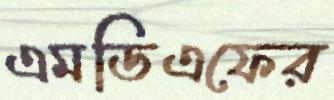
এমডিএফের